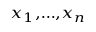
\scriptstyle { \boldsymbol { x } } _ { 1 } , \dotsc , { \boldsymbol { x } } _ { n }